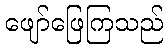
ဖျော်ဖြေကြသည်